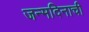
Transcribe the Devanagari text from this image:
जन्मदिनाची